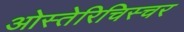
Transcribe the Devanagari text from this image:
ओस्तेरिचिस्चर